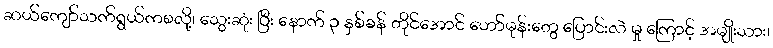
ဆယ်ကျော်သက်ရွယ်ကစလို့၊ သွေးဆုံး ပြီး နောက် ၃ နှစ်ခန် တိုင်အောင် ဟော်မုန်းတွေ ပြောင်းလဲ မှု ကြောင့် အမျိုးသား၊